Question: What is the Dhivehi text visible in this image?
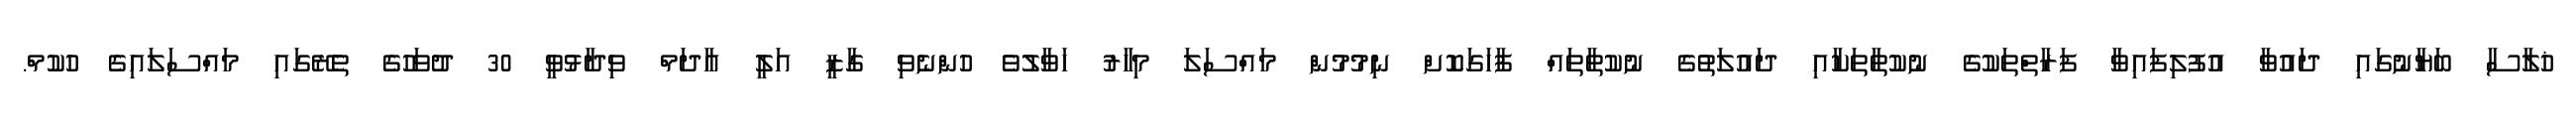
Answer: ޚުލާސާ ބަޔާނުގައި ދައުވާ އުފުލިފައިވާ ފަރާތްތަކުގެ ނުކުތާތަކާއި ދައުލަތުގެ ނުކުތާތައް ފާހަގަކޮށް ނިމުމުން މައްސަލަ މިހާރު ހަވާލުވެ ހުންނެވި ގާޒީ އަލީ އާދަމް ވިދާޅުވީ 30 ދުވަހުގެ ތެރޭގައި މައްސަލައިގެ ހުކުމް.